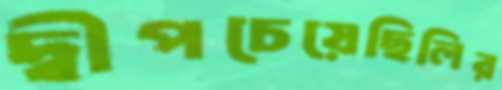
দ্বীপচেয়েছিলির